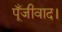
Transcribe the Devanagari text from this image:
पूँजीवाद।